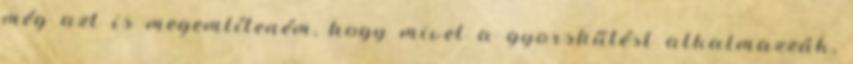
még azt is megemlíteném, hogy mivel a gyorshűtést alkalmazzák,